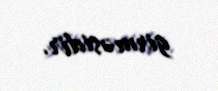
girməsidir.